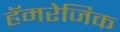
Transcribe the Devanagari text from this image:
हॅमरेजिक